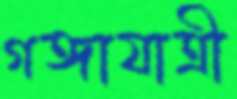
গঙ্গাযাত্রী